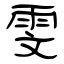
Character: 雯